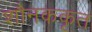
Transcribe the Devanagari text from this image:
शौनककृत